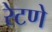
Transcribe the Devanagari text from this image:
रेटणे